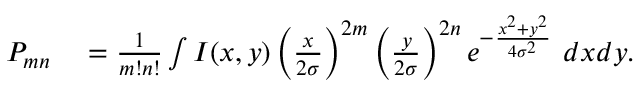
\begin{array} { r l } { P _ { m n } } & { { } = \frac { 1 } { m ! n ! } \int I ( x , y ) \left( \frac { x } { 2 \sigma } \right) ^ { 2 m } \left( \frac { y } { 2 \sigma } \right) ^ { 2 n } e ^ { - \frac { x ^ { 2 } + y ^ { 2 } } { 4 \sigma ^ { 2 } } } \ d x d y . } \end{array}